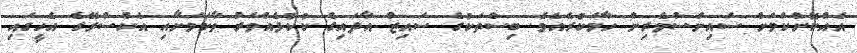
އެއްކޮށްކަމަށް ސައިންސްވެރިން ހާމަކުރެއެވެ. ބިސްތަކުގެ ސައިޒް އާދައިގެ ކުކުޅެއްވަރު ވާކަމަށާއި އެކްސްރޭގެ އެހީގައި